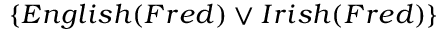
\{ E n g l i s h ( F r e d ) \vee I r i s h ( F r e d ) \}